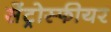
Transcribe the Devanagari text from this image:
सेंट्रोस्फीयर